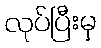
လုပ်ပြီးမှ